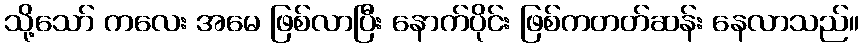
သို့သော် ကလေး အမေ ဖြစ်လာပြီး နောက်ပိုင်း ဖြစ်ကတတ်ဆန်း နေလာသည်။